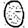
Digit: 0